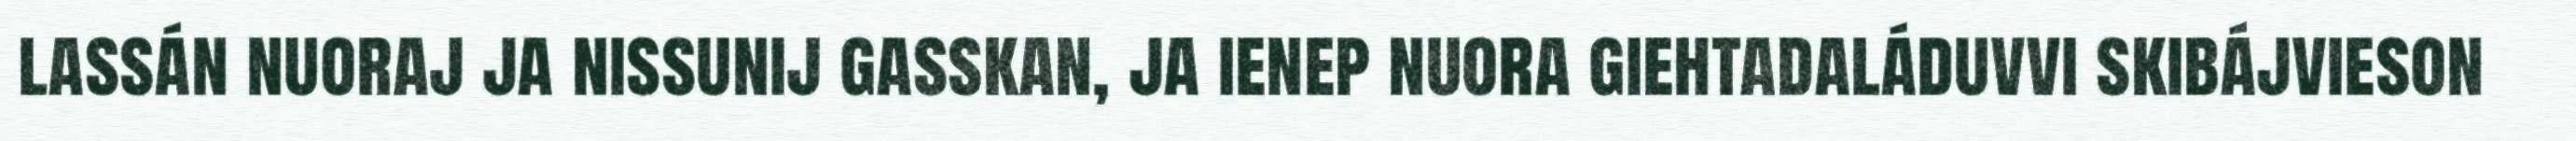
lassán nuoraj ja nissunij gasskan, ja ienep nuora giehtadaláduvvi skibájvieson